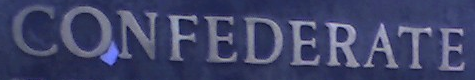
CONFEDERATE